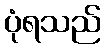
ပုံရသည်